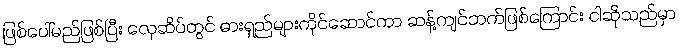
ဖြစ်ပေါ်မည်ဖြစ်ပြီး လှေဆိပ်တွင် ဓားရှည်များကိုင်ဆောင်ကာ ဆန့်ကျင်ဘက်ဖြစ်ကြောင်း ငါဆိုသည်မှာ